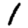
Digit: 1